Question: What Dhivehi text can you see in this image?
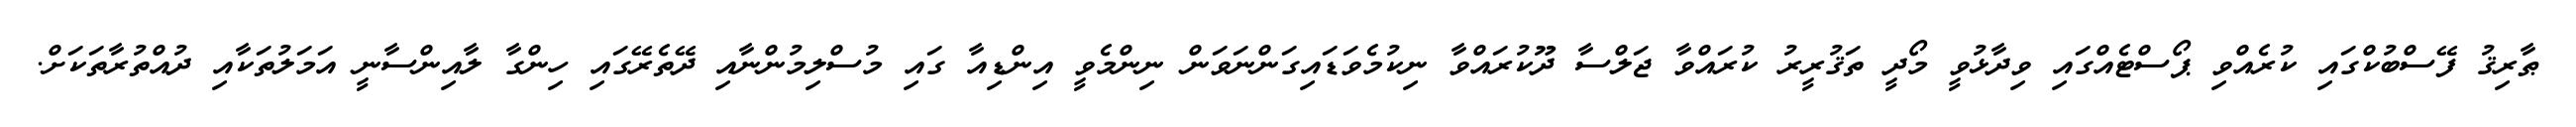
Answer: ޠާރިޤު ފޭސްބުކްގައި ކުރެއްވި ޕޯސްޓެއްގައި ވިދާޅުވީ މޯދީ ތަޤުރީރު ކުރައްވާ ޖަލްސާ ދޫކުރައްވާ ނިކުމެވަޑައިގަންނަވަން ނިންމެވީ އިންޑިއާ ގައި މުސްލިމުންނާއި ދޭތެރޭގައި ހިންގާ ލާއިންސާނީ އަމަލުތަކާއި ދުއްތުރާތަކަށް.